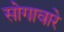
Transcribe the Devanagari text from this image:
सोगावारे